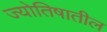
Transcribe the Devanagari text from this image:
ज्योतिषातील